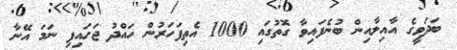
ބަދަވީގެ އާއިލާއިން ބުނެފައިވާ ގޮތުގައި 1000 އެތިފަހަރުން ހައްދު ޖަހައިފި ނަމަ އޭނާ